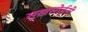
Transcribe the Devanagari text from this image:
सुखसोईनी